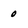
Character: 0